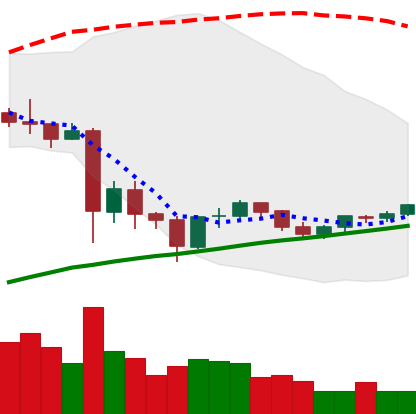
Ticker: TRX-USD
Chart end date: 2021-06-03
Forward return: -11.552%
Label: down_7plus